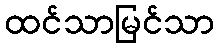
ထင်သာမြင်သာ